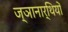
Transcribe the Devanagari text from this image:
ज्ञानार्थियों